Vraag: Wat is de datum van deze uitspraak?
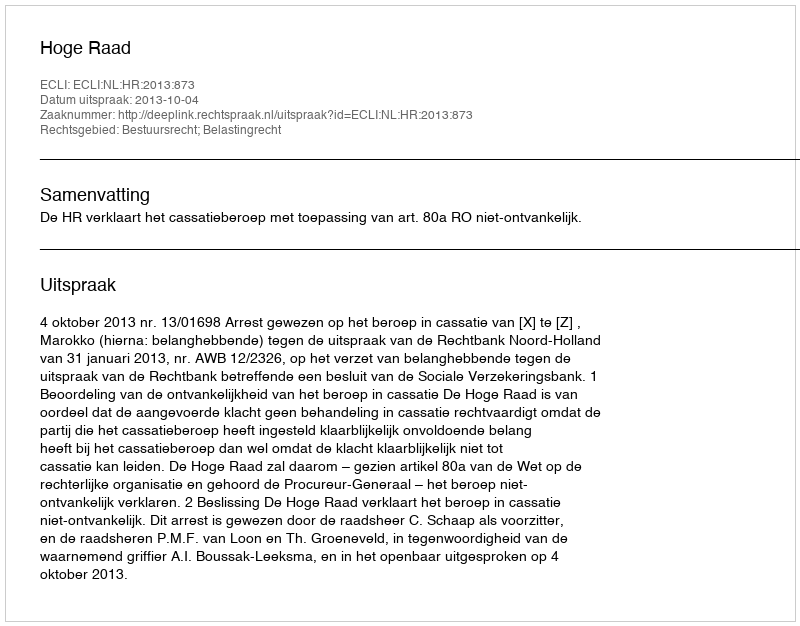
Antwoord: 2013-10-04